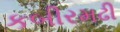
કબીરમઢી